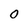
Character: 0